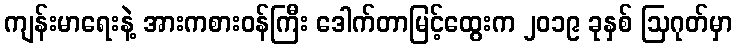
ကျန်းမာရေးနဲ့ အားကစားဝန်ကြီး ဒေါက်တာမြင့်ထွေးက ၂၀၁၉ ခုနှစ် ဩဂုတ်မှာ